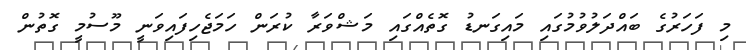
މި ފަހަރުގެ ބައްދަލުވުމުގައި މައިގަނޑު ގޮތެއްގައި މަޝްވަރާ ކުރަން ހަމަޖެހިފައިވަނީ މޫސުމީ ގޮތުން